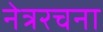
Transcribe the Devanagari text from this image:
नेत्ररचना